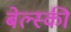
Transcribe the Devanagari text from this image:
बेल्स्की